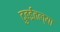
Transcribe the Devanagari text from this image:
दुबईतल्या